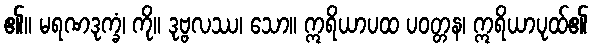
၏။ မရဏဒုက္ခံ၊ ကို။ ဒုဗ္ဗလဿ၊ သော။ ဣရိယာပထ ပဝတ္တန၊ ဣရိယာပုထ်၏